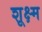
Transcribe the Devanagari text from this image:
शूक्ष्म